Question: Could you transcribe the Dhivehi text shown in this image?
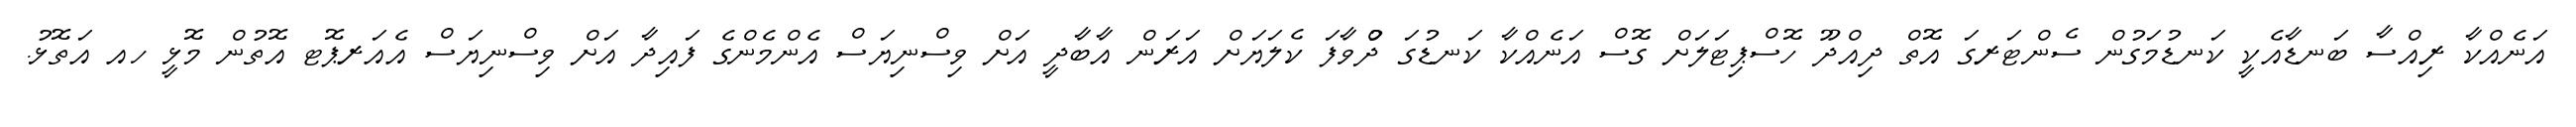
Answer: އަނެއްކާ ރިއްސާ ބަނޑާއެކީ ކަނޑުމަގުން ސެންޓަރގަ އޮތް ދިއްދޫ ހޮސްޕިޓަލަށް ގޮސް އަނެއްކާ ކަނޑުގަ ދުްވާފަ ކެލަޔަށް އަރަން އާބާދީ އަށް ވިސްނިޔަސް އެންމެންގެ ފައިދާ އަށް ވިސްނިޔަސް އެއަރޕޮޓ އޮތުން މޮޅީ ހއ އަތޮޅު.